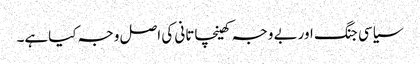
سیاسی جنگ اوربے وجہ کھینچاتانی کی اصل وجہ کیاہے۔